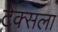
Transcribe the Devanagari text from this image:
टेक्सला